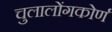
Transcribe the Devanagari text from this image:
चुलालोंगकोर्ण